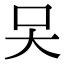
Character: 㕦